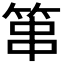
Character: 𥭾